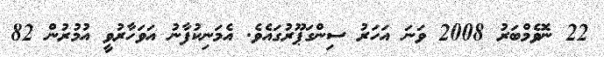
22 ނޮވެމްބަރު 2008 ވަނަ އަހަރު ސިންގަޕޫރުގައެވެ. އެމަނިކުފާނު އަވަހާރުވީ އުމުރުން 82